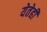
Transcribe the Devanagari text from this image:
येतेही